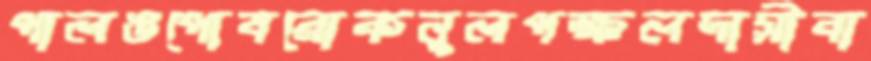
পালঙপোষরোকনুলপক্ষলদাসীবা